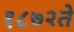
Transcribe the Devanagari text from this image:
१८७२ते